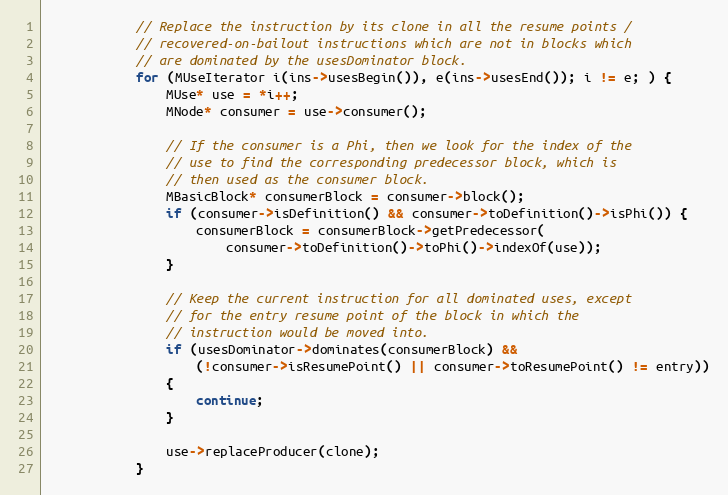
Language: C++
            // Replace the instruction by its clone in all the resume points /
            // recovered-on-bailout instructions which are not in blocks which
            // are dominated by the usesDominator block.
            for (MUseIterator i(ins->usesBegin()), e(ins->usesEnd()); i != e; ) {
                MUse* use = *i++;
                MNode* consumer = use->consumer();

                // If the consumer is a Phi, then we look for the index of the
                // use to find the corresponding predecessor block, which is
                // then used as the consumer block.
                MBasicBlock* consumerBlock = consumer->block();
                if (consumer->isDefinition() && consumer->toDefinition()->isPhi()) {
                    consumerBlock = consumerBlock->getPredecessor(
                        consumer->toDefinition()->toPhi()->indexOf(use));
                }

                // Keep the current instruction for all dominated uses, except
                // for the entry resume point of the block in which the
                // instruction would be moved into.
                if (usesDominator->dominates(consumerBlock) &&
                    (!consumer->isResumePoint() || consumer->toResumePoint() != entry))
                {
                    continue;
                }

                use->replaceProducer(clone);
            }